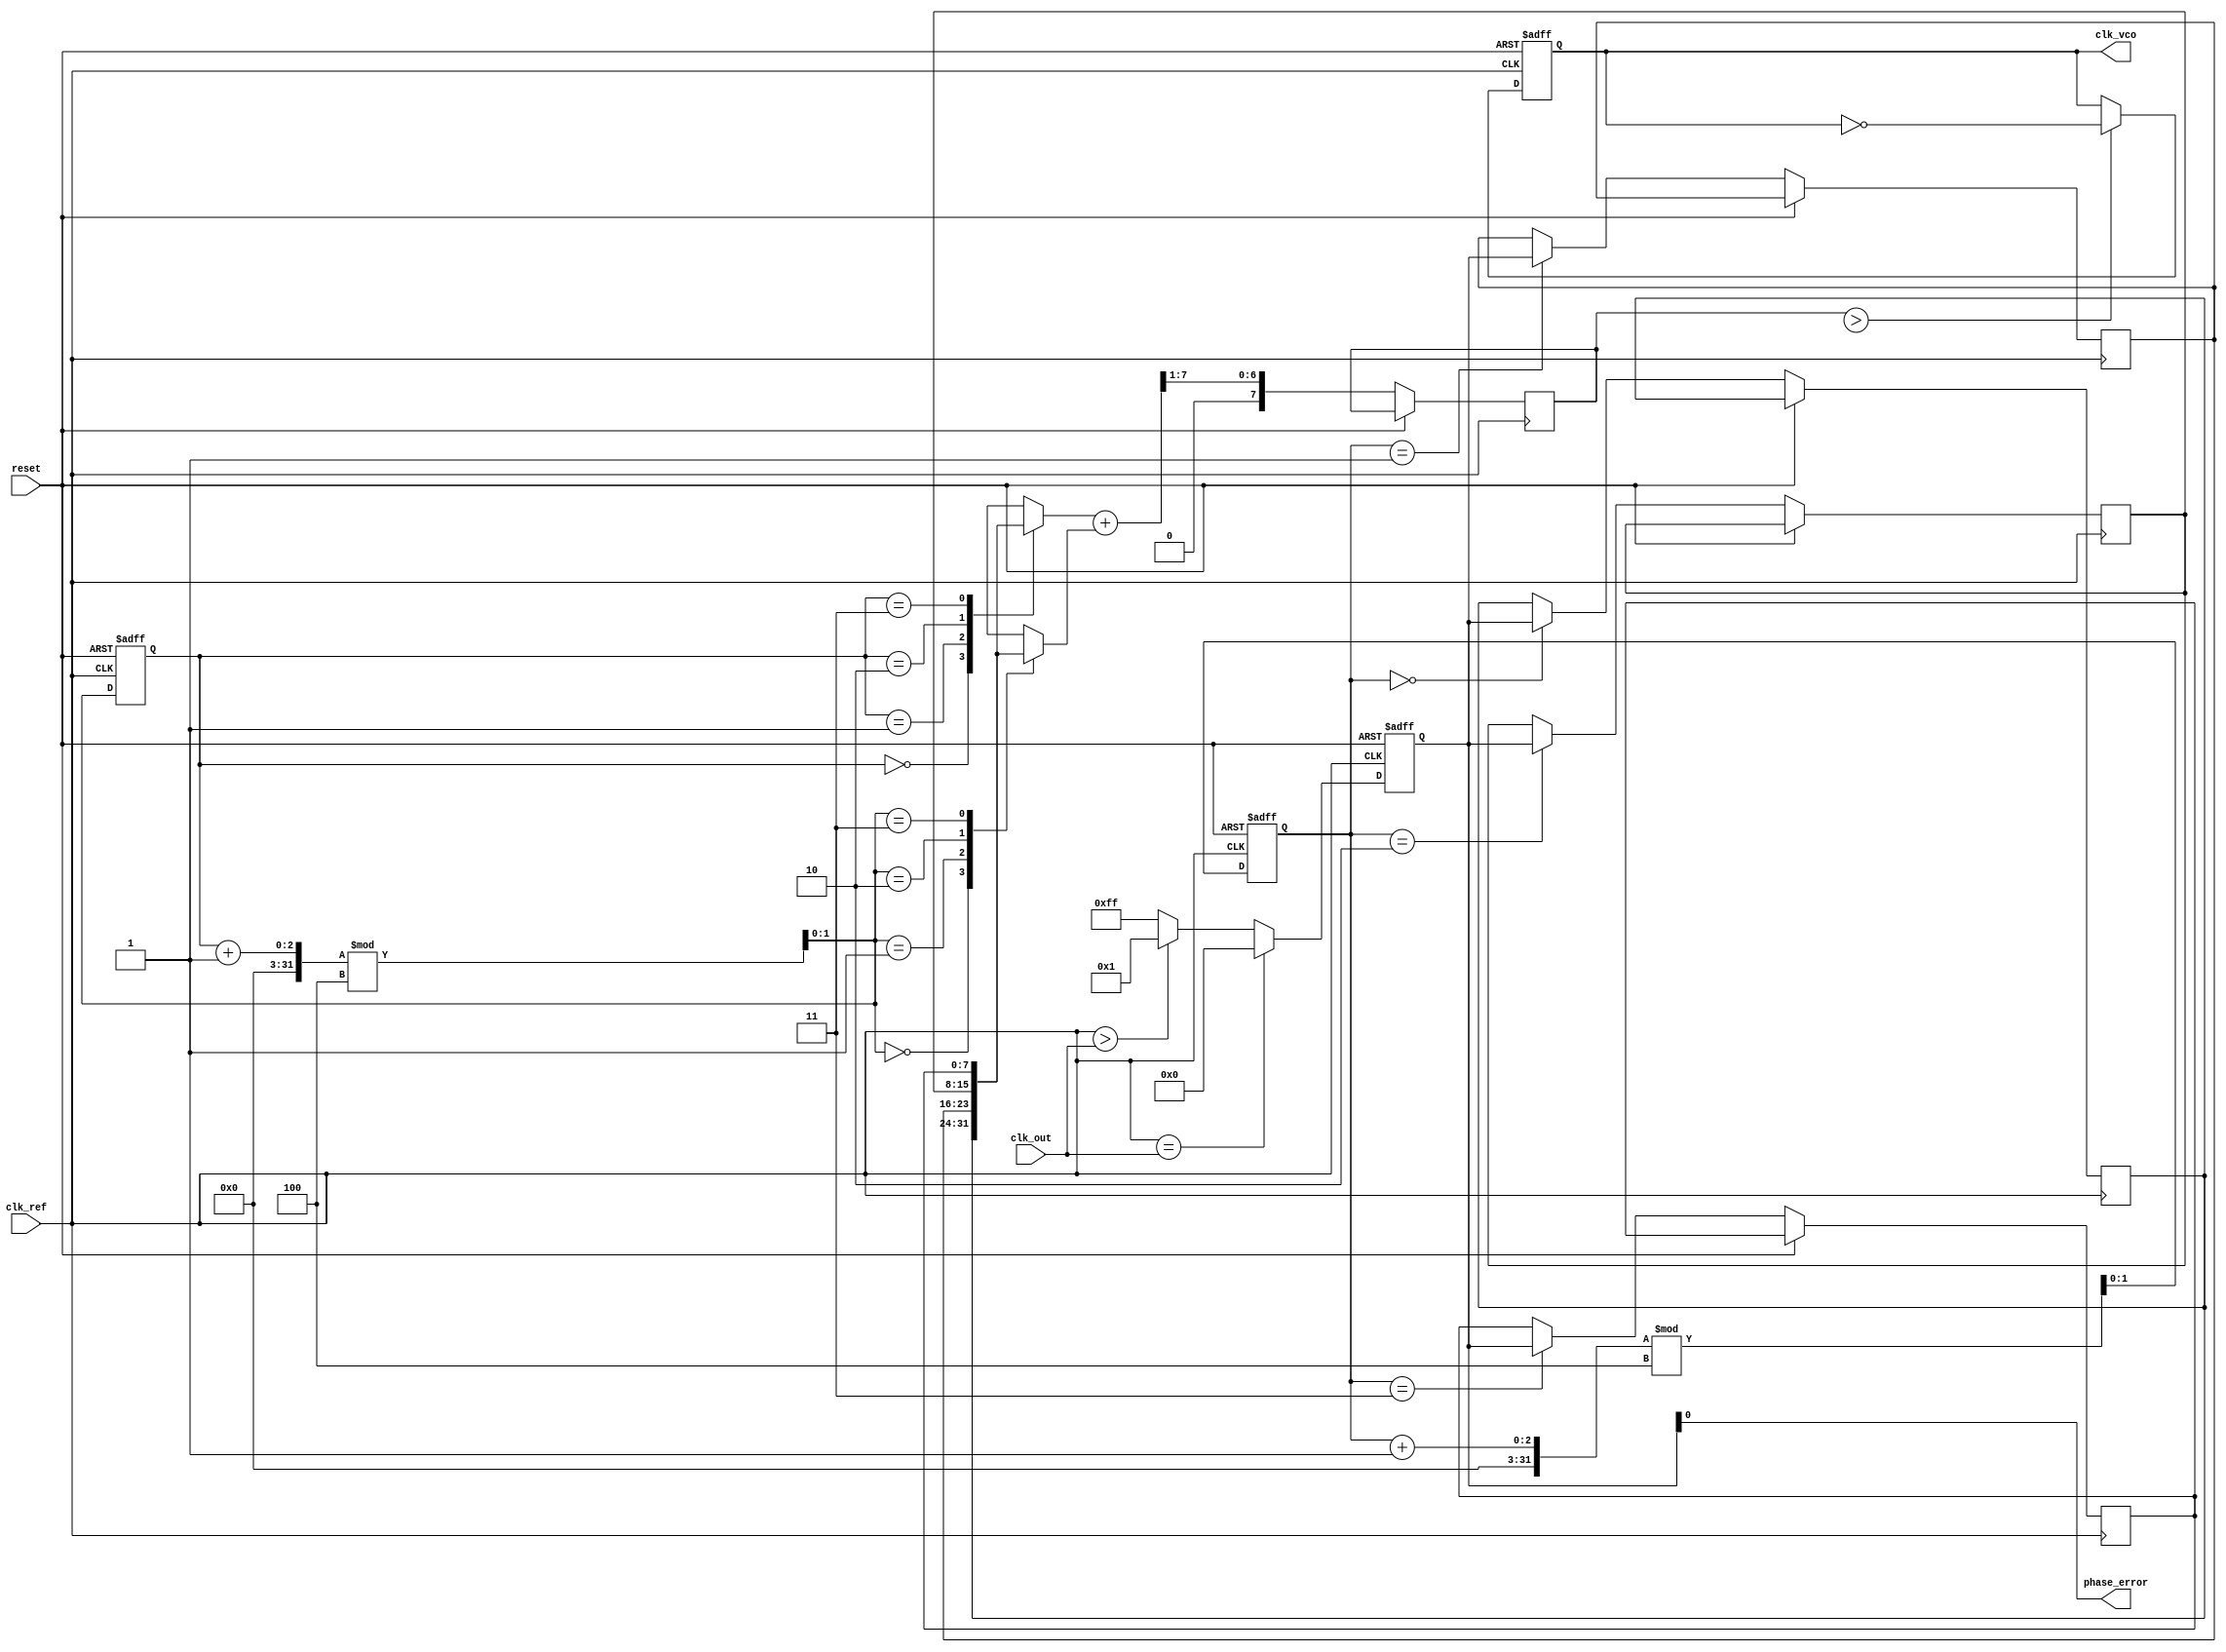
module MemoryBlocksPLL(
    input wire clk_ref,        // Reference Clock
    input wire clk_out,        // Output Clock (to be synchronized)
    input wire reset,          // Active high reset
    output reg clk_vco,        // Output Clock from VCO
    output reg phase_error      // Output Phase Error
);

    // Parameters
    parameter WIDTH = 8;       // Width for phase error and control signals
    parameter FILTER_SIZE = 4;  // Size of the history buffer for the loop filter

    // Internal signals
    reg [WIDTH-1:0] phase_error_reg;   // Phase error register
    reg [WIDTH-1:0] control_voltage;     // Control voltage for VCO
    reg [WIDTH-1:0] memory [0:FILTER_SIZE-1]; // Memory blocks for phase errors
    reg [1:0] write_index;               // Write index for memory
    reg [1:0] read_index;                // Read index for memory

    // Phase Detector Implementation
    always @(posedge clk_ref or posedge reset) begin
        if (reset) begin
            phase_error_reg <= 0;
        end else begin
            // Simple phase comparison (could be improved with more logic)
            phase_error_reg <= (clk_ref == clk_out) ? 0 : (clk_ref > clk_out) ? 1 : -1;
        end
    end

    // Storing phase error in memory blocks
    always @(posedge clk_ref or posedge reset) begin
        if (reset) begin
            write_index <= 0;
            read_index <= 0;
        end else begin
            memory[write_index] <= phase_error_reg; // Store phase error
            write_index <= (write_index + 1) % FILTER_SIZE; // Circular buffer
            
            // Read phase error for control voltage calculation
            control_voltage <= (memory[read_index] + memory[(read_index + 1) % FILTER_SIZE]) >> 1; // Simple average filter
            read_index <= (read_index + 1) % FILTER_SIZE;
        end
    end

    // Voltage-Controlled Oscillator (VCO) Implementation
    always @(posedge clk_ref or posedge reset) begin
        if (reset) begin
            clk_vco <= 0;
        end else begin
            if (control_voltage > threshold_value) begin
                clk_vco <= ~clk_vco; // Toggle output clock based on control voltage
            end
        end
    end

    // Output phase error
    assign phase_error = phase_error_reg;

endmodule